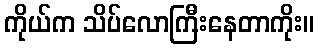
ကိုယ်က သိပ်လောကြီးနေတာကိုး။